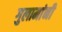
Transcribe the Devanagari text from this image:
गुलामांनी